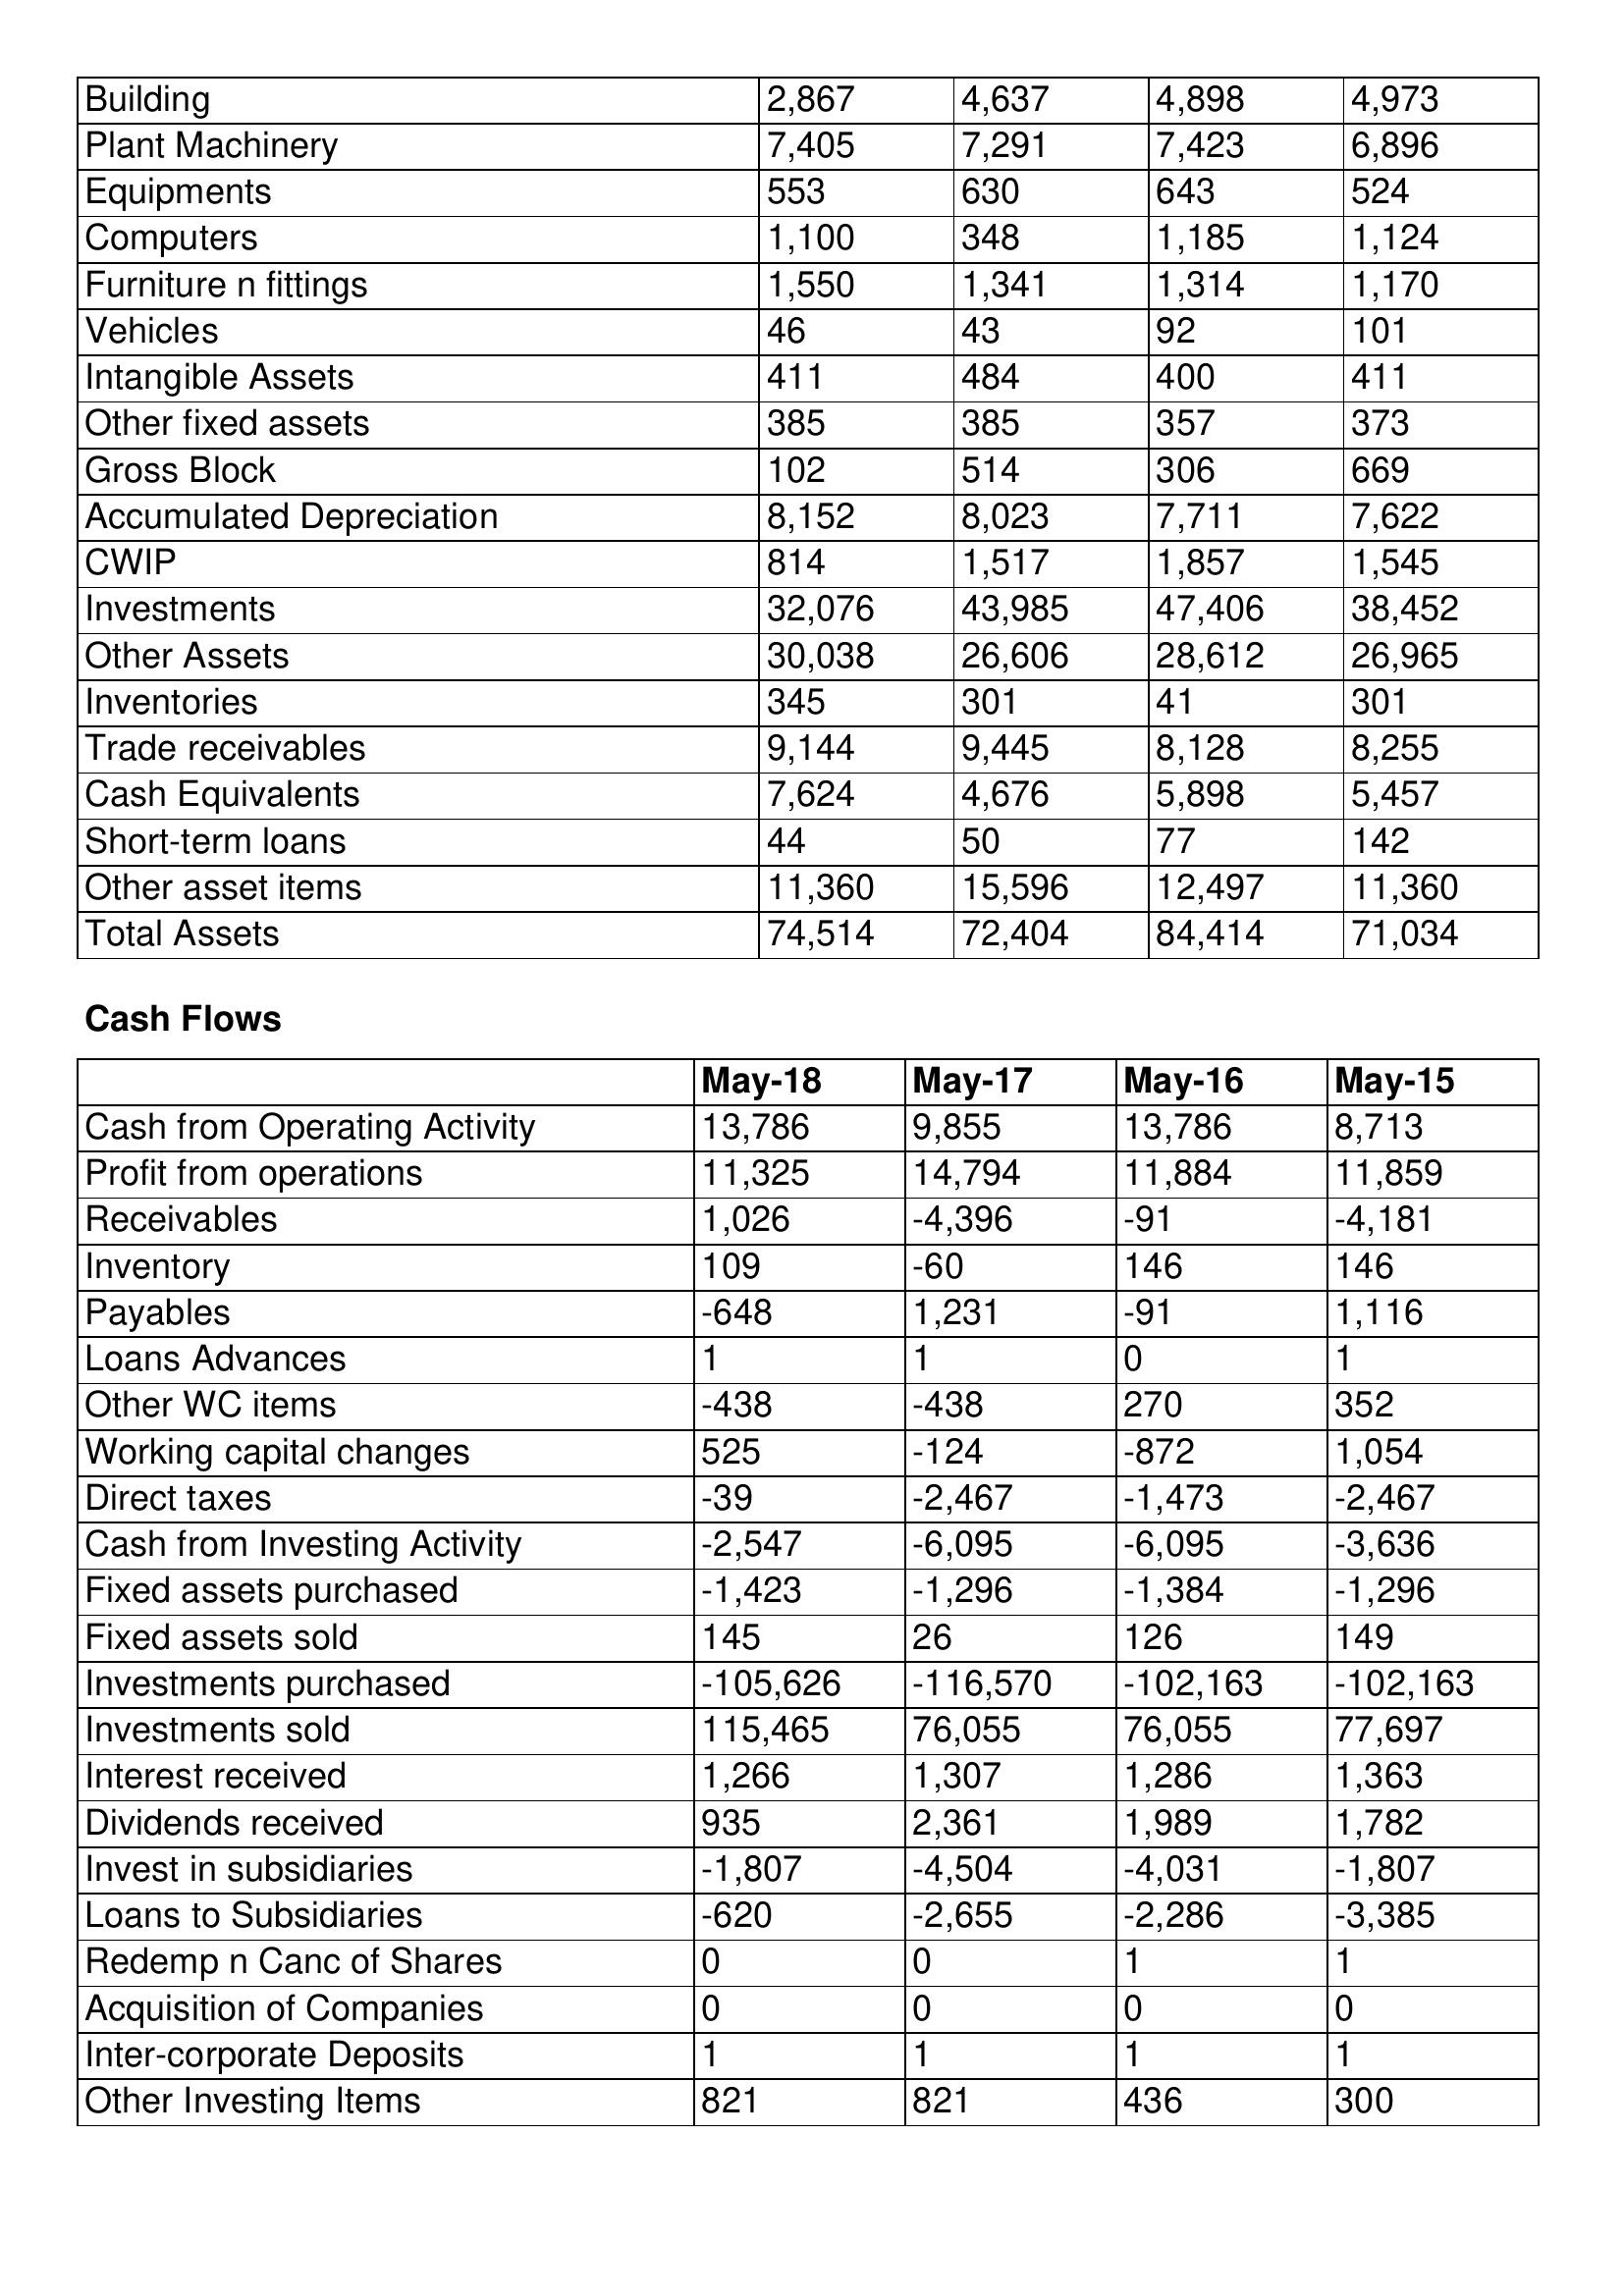
gt_parse: May-18: Balance Sheet: Building: 2,867
Plant Machinery: 7,405
Equipments: 553
Computers: 1,100
Furniture n fittings: 1,550
Vehicles: 46
Intangible Assets: 411
Other fixed assets: 385
Gross Block: 102
Accumulated Depreciation: 8,152
CWIP: 814
Investments: 32,076
Other Assets: 30,038
Inventories: 345
Trade receivables: 9,144
Cash Equivalents: 7,624
Short-term loans: 44
Other asset items: 11,360
Total Assets: 74,514
Cash Flows: Cash from Operating Activity: 13,786
Profit from operations: 11,325
Receivables: 1,026
Inventory: 109
Payables: -648
Loans Advances: 1
Other WC items: -438
Working capital changes: 525
Direct taxes: -39
Cash from Investing Activity: -2,547
Fixed assets purchased: -1,423
Fixed assets sold: 145
Investments purchased: -105,626
Investments sold: 115,465
Interest received: 1,266
Dividends received: 935
Invest in subsidiaries: -1,807
Loans to Subsidiaries: -620
Redemp n Canc of Shares: 0
Acquisition of Companies: 0
Inter-corporate Deposits: 1
Other Investing Items: 821
May-17: Balance Sheet: Building: 4,637
Plant Machinery: 7,291
Equipments: 630
Computers: 348
Furniture n fittings: 1,341
Vehicles: 43
Intangible Assets: 484
Other fixed assets: 385
Gross Block: 514
Accumulated Depreciation: 8,023
CWIP: 1,517
Investments: 43,985
Other Assets: 26,606
Inventories: 301
Trade receivables: 9,445
Cash Equivalents: 4,676
Short-term loans: 50
Other asset items: 15,596
Total Assets: 72,404
Cash Flows: Cash from Operating Activity: 9,855
Profit from operations: 14,794
Receivables: -4,396
Inventory: -60
Payables: 1,231
Loans Advances: 1
Other WC items: -438
Working capital changes: -124
Direct taxes: -2,467
Cash from Investing Activity: -6,095
Fixed assets purchased: -1,296
Fixed assets sold: 26
Investments purchased: -116,570
Investments sold: 76,055
Interest received: 1,307
Dividends received: 2,361
Invest in subsidiaries: -4,504
Loans to Subsidiaries: -2,655
Redemp n Canc of Shares: 0
Acquisition of Companies: 0
Inter-corporate Deposits: 1
Other Investing Items: 821
May-16: Balance Sheet: Building: 4,898
Plant Machinery: 7,423
Equipments: 643
Computers: 1,185
Furniture n fittings: 1,314
Vehicles: 92
Intangible Assets: 400
Other fixed assets: 357
Gross Block: 306
Accumulated Depreciation: 7,711
CWIP: 1,857
Investments: 47,406
Other Assets: 28,612
Inventories: 41
Trade receivables: 8,128
Cash Equivalents: 5,898
Short-term loans: 77
Other asset items: 12,497
Total Assets: 84,414
Cash Flows: Cash from Operating Activity: 13,786
Profit from operations: 11,884
Receivables: -91
Inventory: 146
Payables: -91
Loans Advances: 0
Other WC items: 270
Working capital changes: -872
Direct taxes: -1,473
Cash from Investing Activity: -6,095
Fixed assets purchased: -1,384
Fixed assets sold: 126
Investments purchased: -102,163
Investments sold: 76,055
Interest received: 1,286
Dividends received: 1,989
Invest in subsidiaries: -4,031
Loans to Subsidiaries: -2,286
Redemp n Canc of Shares: 1
Acquisition of Companies: 0
Inter-corporate Deposits: 1
Other Investing Items: 436
May-15: Balance Sheet: Building: 4,973
Plant Machinery: 6,896
Equipments: 524
Computers: 1,124
Furniture n fittings: 1,170
Vehicles: 101
Intangible Assets: 411
Other fixed assets: 373
Gross Block: 669
Accumulated Depreciation: 7,622
CWIP: 1,545
Investments: 38,452
Other Assets: 26,965
Inventories: 301
Trade receivables: 8,255
Cash Equivalents: 5,457
Short-term loans: 142
Other asset items: 11,360
Total Assets: 71,034
Cash Flows: Cash from Operating Activity: 8,713
Profit from operations: 11,859
Receivables: -4,181
Inventory: 146
Payables: 1,116
Loans Advances: 1
Other WC items: 352
Working capital changes: 1,054
Direct taxes: -2,467
Cash from Investing Activity: -3,636
Fixed assets purchased: -1,296
Fixed assets sold: 149
Investments purchased: -102,163
Investments sold: 77,697
Interest received: 1,363
Dividends received: 1,782
Invest in subsidiaries: -1,807
Loans to Subsidiaries: -3,385
Redemp n Canc of Shares: 1
Acquisition of Companies: 0
Inter-corporate Deposits: 1
Other Investing Items: 300